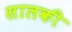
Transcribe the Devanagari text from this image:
सालकी